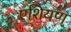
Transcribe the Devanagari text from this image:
एशियण